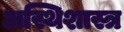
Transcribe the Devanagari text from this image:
अस्थिशास्त्र